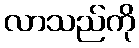
လာသည်ကို